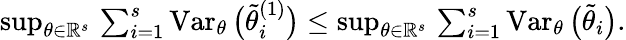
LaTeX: \begin{array}{r}{\operatorname*{sup}_{\theta\in\mathbb{R}^{s}}\, \sum_{i=1}^{s}\operatorname{Var}_{\theta}\big(\widetilde\theta_{i}^{(1)}\big)\leq\operatorname*{sup}_{\theta\in\mathbb{R}^{s}}\, \sum_{i=1}^{s}\operatorname{Var}_{\theta}\big(\widetilde\theta_{i}\big).}\end{array}